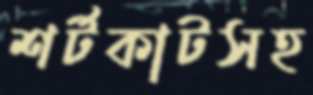
শর্টকাটসহ